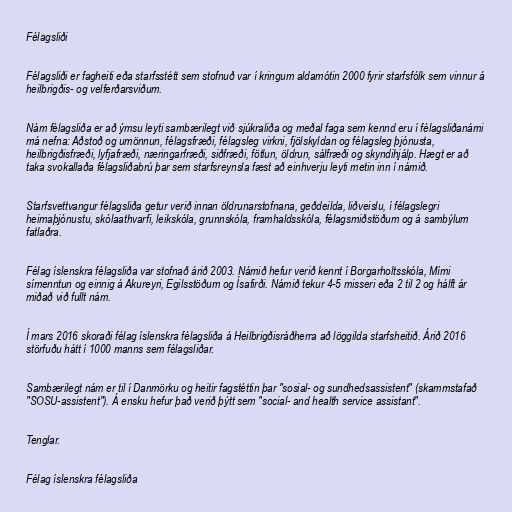
Félagsliði

Félagsliði er fagheiti eða starfsstétt sem stofnuð var í kringum aldamótin 2000 fyrir starfsfólk sem vinnur á
heilbrigðis- og velferðarsviðum.

Nám félagsliða er að ýmsu leyti sambærilegt við sjúkraliða og meðal faga sem kennd eru í félagsliðanámi
má nefna: Aðstoð og umönnun, félagsfræði, félagsleg virkni, fjölskyldan og félagsleg þjónusta,
heilbrigðisfræði, lyfjafræði, næringarfræði, siðfræði, fötlun, öldrun, sálfræði og skyndihjálp. Hægt er að
taka svokallaða félagsliðabrú þar sem starfsreynsla fæst að einhverju leyti metin inn í námið.

Starfsvettvangur félagsliða getur verið innan öldrunarstofnana, geðdeilda, liðveislu, í félagslegri
heimaþjónustu, skólaathvarfi, leikskóla, grunnskóla, framhaldsskóla, félagsmiðstöðum og á sambýlum
fatlaðra.

Félag íslenskra félagsliða var stofnað árið 2003. Námið hefur verið kennt í Borgarholtsskóla, Mími
símenntun og einnig á Akureyri, Egilsstöðum og Ísafirði. Námið tekur 4-5 misseri eða 2 til 2 og hálft ár
miðað við fullt nám.

Í mars 2016 skoraði félag íslenskra félagsliða á Heilbrigðisráðherra að löggilda starfsheitið. Árið 2016
störfuðu hátt í 1000 manns sem félagsliðar.

Sambærilegt nám er til í Danmörku og heitir fagstéttin þar "sosial- og sundhedsassistent" (skammstafað
"SOSU-assistent"). Á ensku hefur það verið þýtt sem "social- and health service assistant".

Tenglar.

Félag íslenskra félagsliða